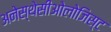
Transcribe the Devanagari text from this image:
अनेस्थेसीओलोजिस्ट